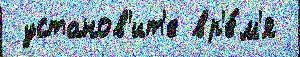
 установ'ит'е вр'е́м'я